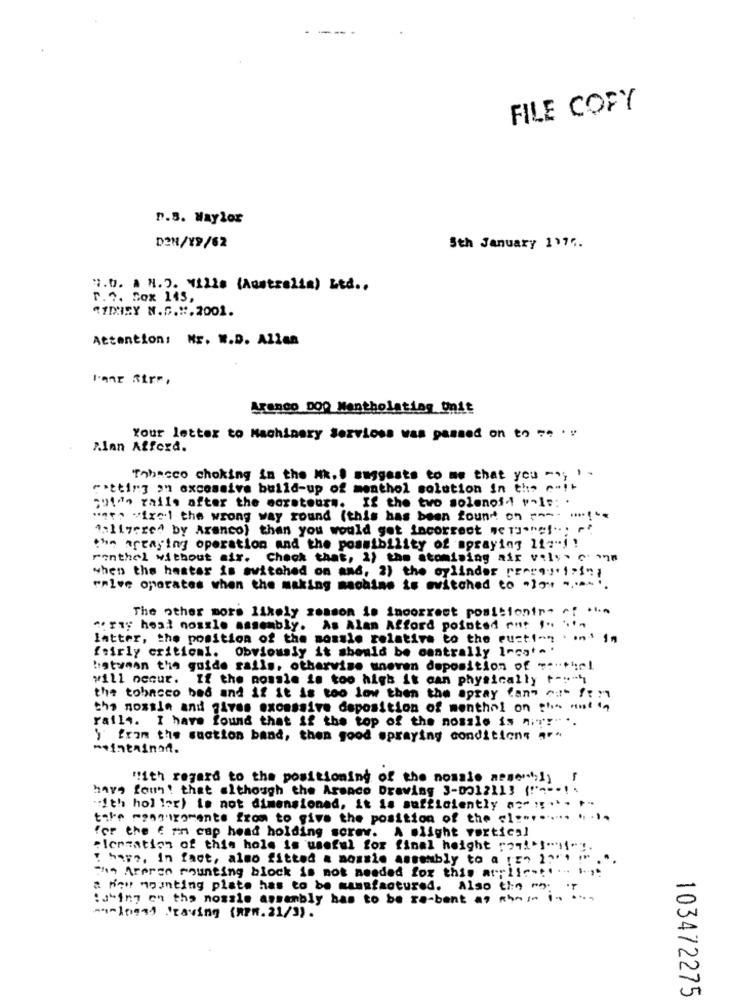
FILE COPY
P.S. Haylor
D28/¥9/62
5th January 1174.
7.0. 1 N.J. Milla (Australia) Led ..
r.o. Box 145,
SIDNEY N.S.".2001.
Attention: Nr. W.D. Allan
l'anr StrF,
Arango DO0 Mentholating Unit
Your letter to Machinery Services was passed on to 7 .
A.Inn Afford.
Tobacco choking in the Nk. . suggests to me that you -n; ! .
"atting on excessive build-up of menthol solution in the c -! +
201", rail. after the moretours. If the two solenof ! "-Is:
wat vixel the wrong way round (this has been found on ----
1:11ycre" by Aranco) than you would get incorrect wet-ref ..; r.
the areaging operation and the possibility of spraying lia" !!
Ponthel without air. Check that, 2) the atomising air vils. c. on
when the hastar is switched on and, 2) the cylinder [serq:" 1"1",
waive operates when the making machine is wwitched to -19
The other more likely season is incorrect positiontre of".
array host nosrle assembly. As Alan Afford pointed out ...
latter, the position of the sonsle relative to the eucti-" . ons in
fairly critical. Obviously it should be centrally Incat. '
hatwaan the guide rails, otherwise uneven deposition of ":"the!
will occur. If the possle is too high it can physically t-"""
the tobacco bed and if it is too low then the spray tan" ou" f ::
tha nossle and gives excessive deposition of menthol on ghe auf 1,
rails. I have found that if the top of the noszle is ni!" ..
) from the suction band, then good spraying conditions are
** intminod.
"ith regard to the positioning of the nosale asser ;! )
havo foun! that although the Arsaco Drawing 3-0012113 (!"" --! .
":ith hol ler) is not dimensioned, it is sufficiently as" ! ". +-
take measurements from to give the position of the el ......... . ...
for the E mn cap head holding sorev. A slight vertical
"lensation of this hole is useful for final height roq!'!"""".
! hep2, In fact, almo fitted a monsie assembly to a !En 22"1 !"
Inn Areren mounting block is not needed for this all
a non mounting plate has to be manufactured. Also the "; r
-
tubing on the nossle assembly has to be re-bent at hon
0
mmings1 Craving (RPM.21/3) .
103472275